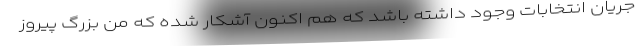
جریان انتخابات وجود داشته باشد که هم اکنون آشکار شده که من بزرگ پیروز